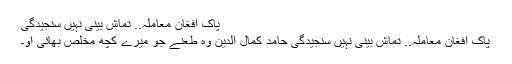
پاک افغان معاملہ.. تماش بینی نہیں سنجیدگی
پاک افغان معاملہ.. تماش بینی نہیں سنجیدگی حامد کمال الدین وہ طعنے جو میرے کچھ مخلص بھائی او۔